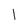
Character: 1